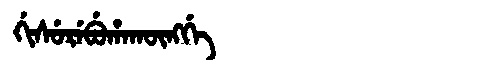
Manchu: ᡤᡳᠰᡠᡵᡝᠪᡠᡥᠠᡴᡡᠩᡤᡝ
Romanization: GISUREBUHAKŪNGGE